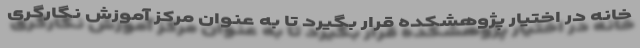
خانه در اختیار پژوهشکده قرار بگیرد تا به عنوان مرکز آموزش نگارگری